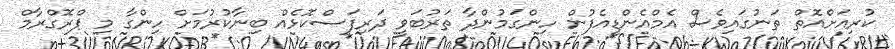
ކުރިއަށްއޮތް ތަނުގައިވެސް އެމްއެންޑީއެފުން ހިންގަމުންދާ ތަރުބަވީ ދަރިފަސްކޮޅެއް ބިނާކުރުމަށް ހިންގާ މި ޕްރޮގްރާމް